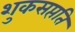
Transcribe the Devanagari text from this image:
शुकसप्तति